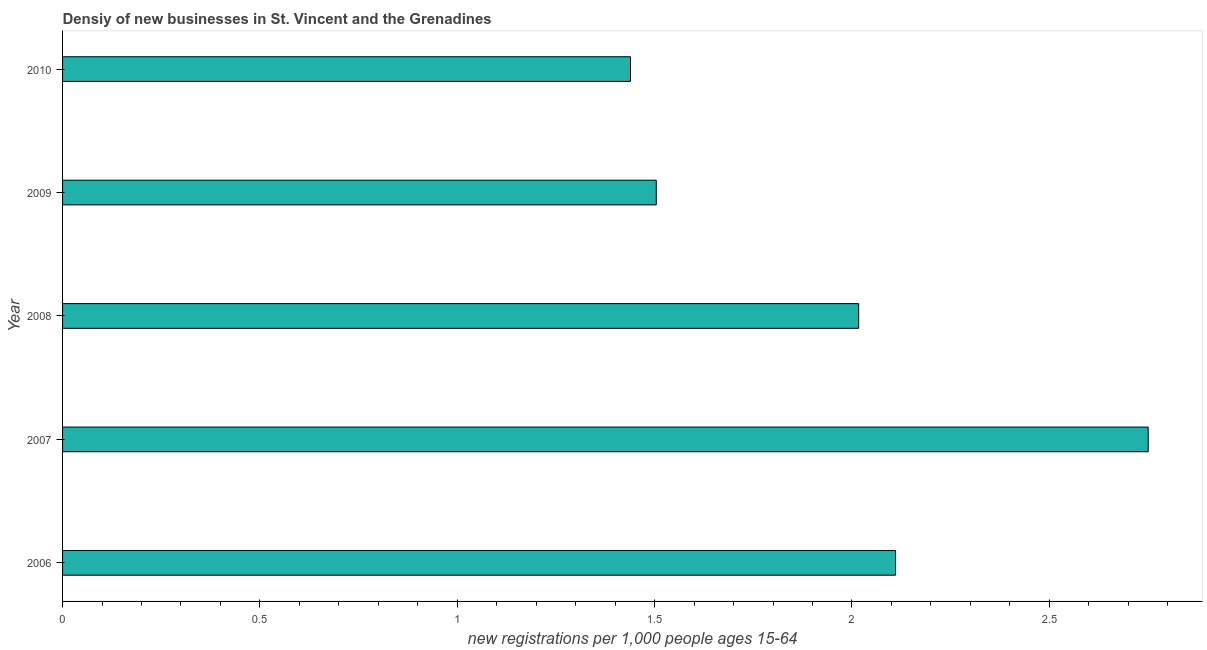
| Year | New business density |
 | --- | --- |
 | 2006 | 2.11 |
 | 2007 | 2.75 |
 | 2008 | 2.02 |
 | 2009 | 1.5 |
 | 2010 | 1.44 |